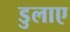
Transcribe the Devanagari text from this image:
डुलाए